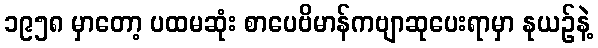
၁၉၅၈ မှာတော့ ပထမဆုံး စာပေဗိမာန်ကဗျာဆုပေးရာမှာ နုယဉ်နဲ့